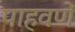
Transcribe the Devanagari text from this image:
पाहवणें